Annual administration report of the Civil Veterinary Department of India - 1898-1899
Year: 1898
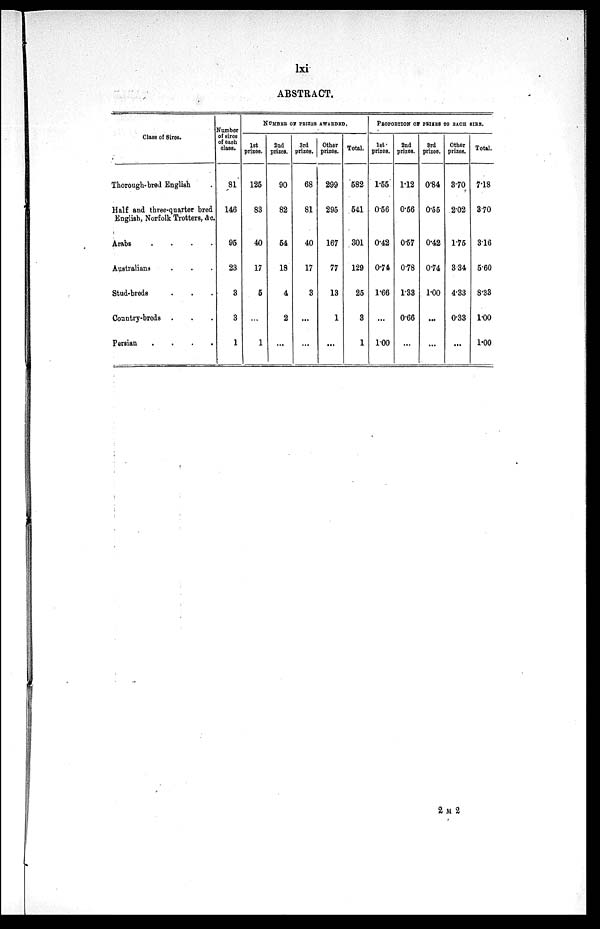
lxi
ABSTRACT.
Class of Sires.
Thorough-bred English .
Half and three-quarter bred
English, Norfolk Trotters, &c.
Arabs . . . . . . . .
Australians . . .
Stud-breds . . .
Country-breds . . .
Persian . . . .
Number
of sires
of each
class.
81
146
95
23
3
3
1
NUMBER OF PRIZES AWARDED.
1st
prizes.
125
83
40
17
5
...
1
2nd
prizes.
90
82
54
18
4
2
...
3rd
prizes.
68
81
40
17
3
...
...
Other
prizes.
299
295
167
77
13
1
...
Total.
582
541
301
129
25
3
1
PROPRTION OF PRIZES TO EACH SIRE.
1st
prizes.
1.55
0.56
0.42
0.74
1.66
...
1.00
2nd
prizes.
1.12
0.56
0.57
0.78
1.33
0.66
...
3rd
prizes.
0.84
0.55
0.42
0.74
1.00
...
...
Other
prizes.
3.70
2.02
1.75
3.34
4.33
0.33
...
Total.
7.18
3.70
3.16
5.60
8.33
1.00
1.00
2 M 2